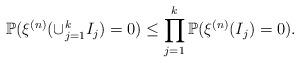
LaTeX: \begin{align*}&\mathbb{P}(\xi^{(n)}(\cup_{j=1}^{k}I_j)=0)\leq \prod_{j=1}^{k}\mathbb{P}(\xi^{(n)}(I_j)=0) .\end{align*}